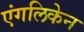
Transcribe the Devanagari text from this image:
एंगलिकेन